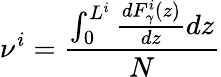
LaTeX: \nu^{i}=\frac{\int_{0}^{L^{i}}\frac{dF_{\gamma}^{i}(z)}{dz}dz}{N}